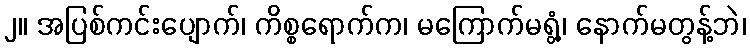
၂။ အပြစ်ကင်းပျောက်၊ ကိစ္စရောက်က၊ မကြောက်မရွံ့၊ နောက်မတွန့်ဘဲ၊